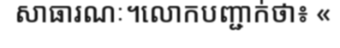
សាធារណៈ។លោកបញ្ជាក់ថា៖ «